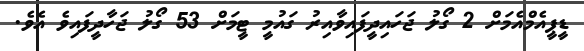
ޑީޕީއެމްއެމަށް 2 ގޯލު ޖަހައިދީފައިވާއިރު ގައުމީ ޓީމަށް 53 ގޯލު ޖަހާދީފައިވެ އެވެ.